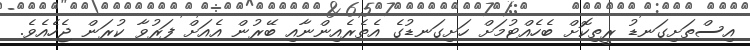
އިސްތަށިގަނޑު ރީތިކޮށް ބެހެއްޓުމަށް ހަށިގަނޑުގެ އެތެރެއިންނާއި ބޭރުން އެއަށް ފަރުވާ ކުރަން ޖެހެއެވެ.